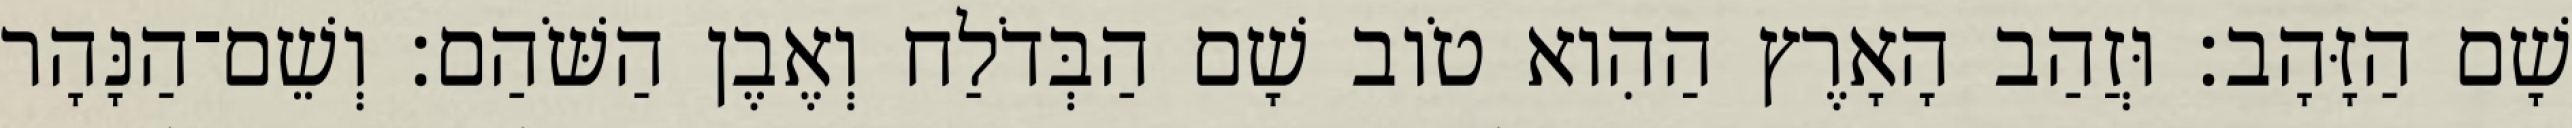
שָׁם הַזָּהָב׃ וּזֲהַב הָאָרֶץ הַהִוא טֹוב שָׁם הַבְּדֹלַח וְאֶבֶן הַשֹּׁהַם׃ וְשֵׁם־הַנָּהָר